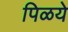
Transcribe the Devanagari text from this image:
पिळये